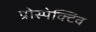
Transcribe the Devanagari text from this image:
प्रोस्पेक्टिव